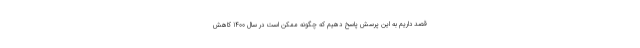
قصد داریم به این پرسش پاسخ دهیم که چگونه ممکن است در سال 1400 کاهش